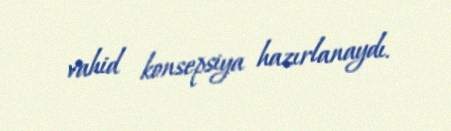
vahid konsepsiya hazırlanaydı.